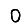
Digit: 0